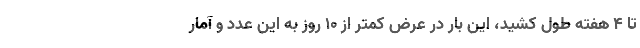
تا 4 هفته طول کشید، این بار در عرض کمتر از 10 روز به این عدد و آمار